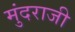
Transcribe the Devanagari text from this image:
मुंदराजी